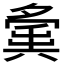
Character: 𡖸